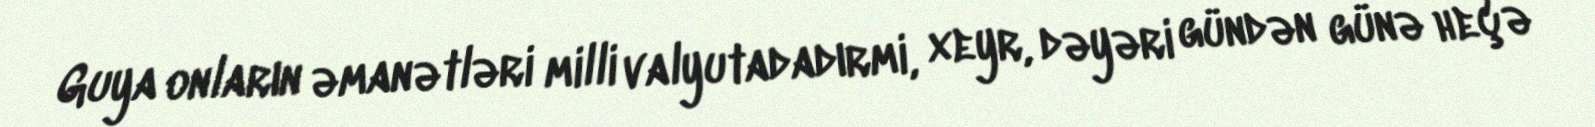
Guya onların əmanətləri milli valyutadadırmi, xeyr, dəyəri gündən günə heçə